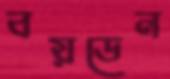
বয়ডেন